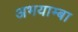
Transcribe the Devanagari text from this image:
अभयाम्बा